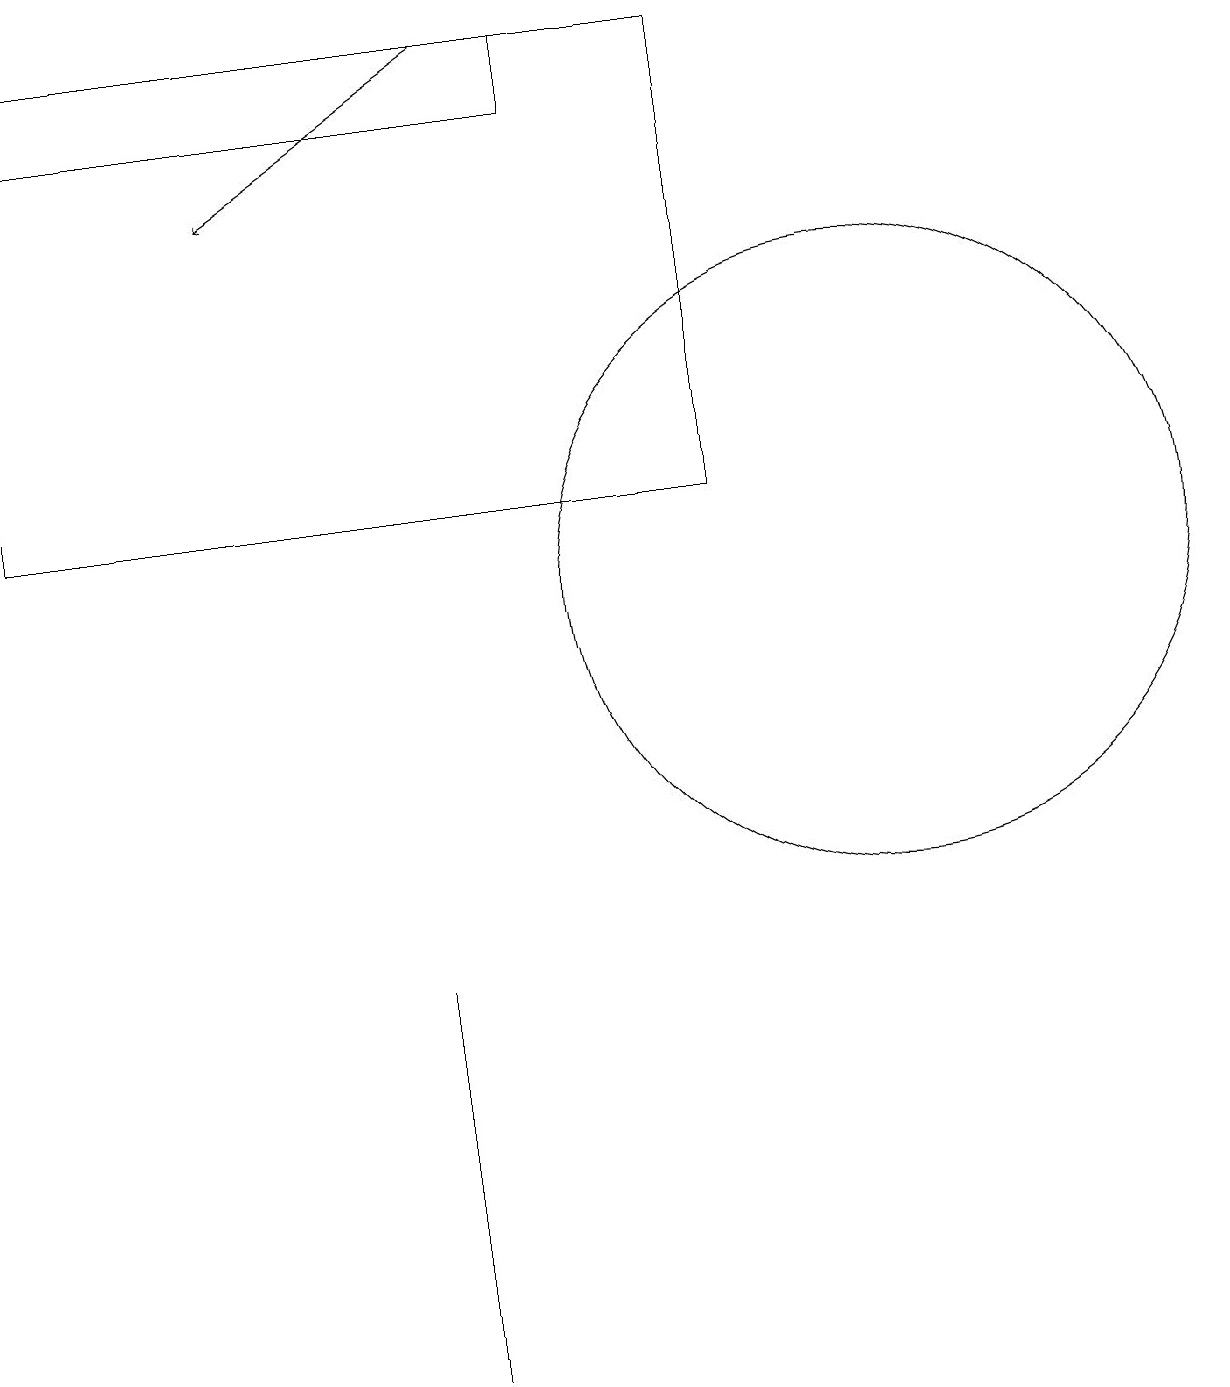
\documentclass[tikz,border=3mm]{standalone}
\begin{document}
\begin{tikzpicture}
\draw (3,14) rectangle (3,14);
\draw[->] (6,18) -- (3,16);
\draw (0,18) rectangle (9,12);
\draw (11,11) circle (4);
\draw (0,18) rectangle (7,17);
\draw (5,1) -- (5,6) -- (5,2) -- cycle;
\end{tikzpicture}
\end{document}